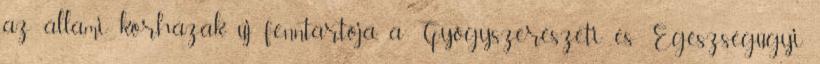
az állami kórházak új fenntartója, a Gyógyszerészeti és Egészségügyi